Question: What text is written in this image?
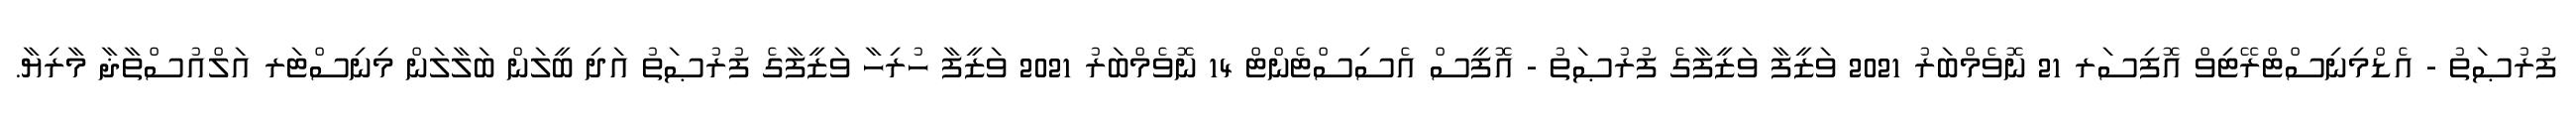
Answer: ފުރުޞަތު - އެޑްމިނިސްޓްރޭޓިވް އޮފިސަރ 21 ނޮވެމްބަރު 2021 ވަޒީފާ ވަޒީފާގެ ފުރުޞަތު - އޮފީސް އެސިސްޓެންޓް 14 ނޮވެމްބަރު 2021 ވަޒީފާ ހުރިހާ ވަޒީފާގެ ފުރުޞަތު އަދި ބީލަން ބަލާލަން މިނިސްޓަރ އަލްއުސްތާޛާ މާރިޔާ.